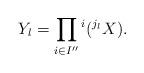
LaTeX: \begin{align*}Y_l=\prod_{i\in I''} {}^{i}({}^{j_l}X).\end{align*}